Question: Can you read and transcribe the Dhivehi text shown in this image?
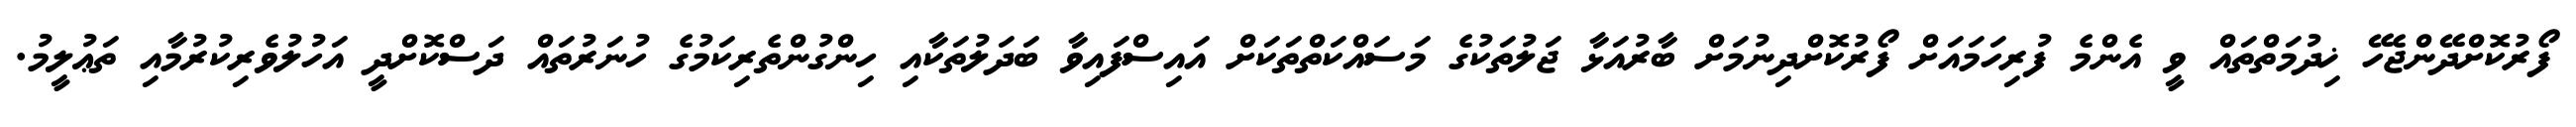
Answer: ފޯރުކޮށްދޭންޖެހޭ ޚިދުމަތްތައް ވީ އެންމެ ފުރިހަމައަށް ފޯރުކޮށްދިނުމަށް ބާރުއަޅާ ޖަލުތަކުގެ މަސައްކަތްތަކަށް އައިސްފައިވާ ބަދަލުތަކާއި ހިންގުންތެރިކަމުގެ ހުނަރުތައް ދަސްކޮށްދީ އަހުލުވެރިކުރުމާއި ތަޢުލީމު.